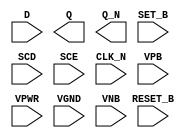
/**
 * Copyright 2020 The SkyWater PDK Authors
 *
 * Licensed under the Apache License, Version 2.0 (the "License");
 * you may not use this file except in compliance with the License.
 * You may obtain a copy of the License at
 *
 *     https://www.apache.org/licenses/LICENSE-2.0
 *
 * Unless required by applicable law or agreed to in writing, software
 * distributed under the License is distributed on an "AS IS" BASIS,
 * WITHOUT WARRANTIES OR CONDITIONS OF ANY KIND, either express or implied.
 * See the License for the specific language governing permissions and
 * limitations under the License.
 *
 * SPDX-License-Identifier: Apache-2.0
 */

`ifndef SKY130_FD_SC_LS__SDFBBN_PP_SYMBOL_V
`define SKY130_FD_SC_LS__SDFBBN_PP_SYMBOL_V

/**
 * sdfbbn: Scan delay flop, inverted set, inverted reset, inverted
 *         clock, complementary outputs.
 *
 * Verilog stub (with power pins) for graphical symbol definition
 * generation.
 *
 * WARNING: This file is autogenerated, do not modify directly!
 */

`timescale 1ns / 1ps
`default_nettype none

(* blackbox *)
module sky130_fd_sc_ls__sdfbbn (
    //# {{data|Data Signals}}
    input  D      ,
    output Q      ,
    output Q_N    ,

    //# {{control|Control Signals}}
    input  RESET_B,
    input  SET_B  ,

    //# {{scanchain|Scan Chain}}
    input  SCD    ,
    input  SCE    ,

    //# {{clocks|Clocking}}
    input  CLK_N  ,

    //# {{power|Power}}
    input  VPB    ,
    input  VPWR   ,
    input  VGND   ,
    input  VNB
);
endmodule

`default_nettype wire
`endif  // SKY130_FD_SC_LS__SDFBBN_PP_SYMBOL_V